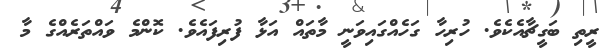
ރީތި ބަގީޗާއެކެވެ. ހުރިހާ ގަހެއްގައިވަނީ މާތައް އަޅާ ފުރިފައެވެ. ކޮންމެ ވައްތަރެއްގެ މާ